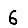
Digit: 6